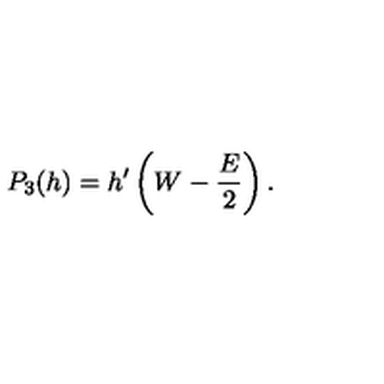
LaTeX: P _ { 3 } ( h ) = h ^ { \prime } \left( W - \frac { E } { 2 } \right) .